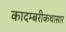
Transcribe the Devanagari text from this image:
कादम्बरीकथासार